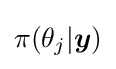
\pi (\theta _{j}|{\boldsymbol {y}})